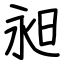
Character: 昶